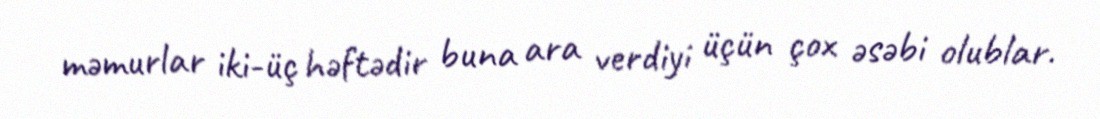
məmurlar iki-üç həftədir buna ara verdiyi üçün çox əsəbi olublar.